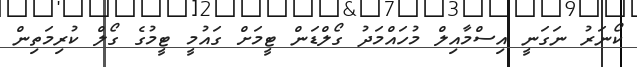
ކޯނަރު ނަގަނީ އިސްމާއިލް މުހައްމަދު ގޯލްޑަން ޓީމަށް ގައުމީ ޓީމުގެ ގޯލް ކުރިމަތިން